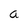
Character: a